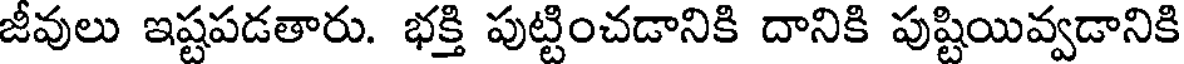
జీవులు ఇష్టపడతారు. భక్తి పుట్టించడానికి దానికి పుష్టియివ్వడానికి